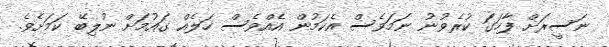
ނަސީރަށް ފާހަގަ ކުރެވުނު ނަމަވެސް އެކަމުން އެއްވެސް ހަލެއް ގައުމަށް ނުލިބޭ ކަމަށެވެ.